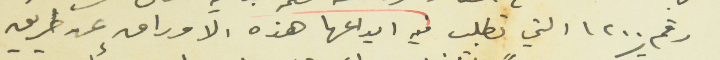
رقم ١٢٠٠ التي تطلب فيه ايداعها هذه الاوراق عن طريق